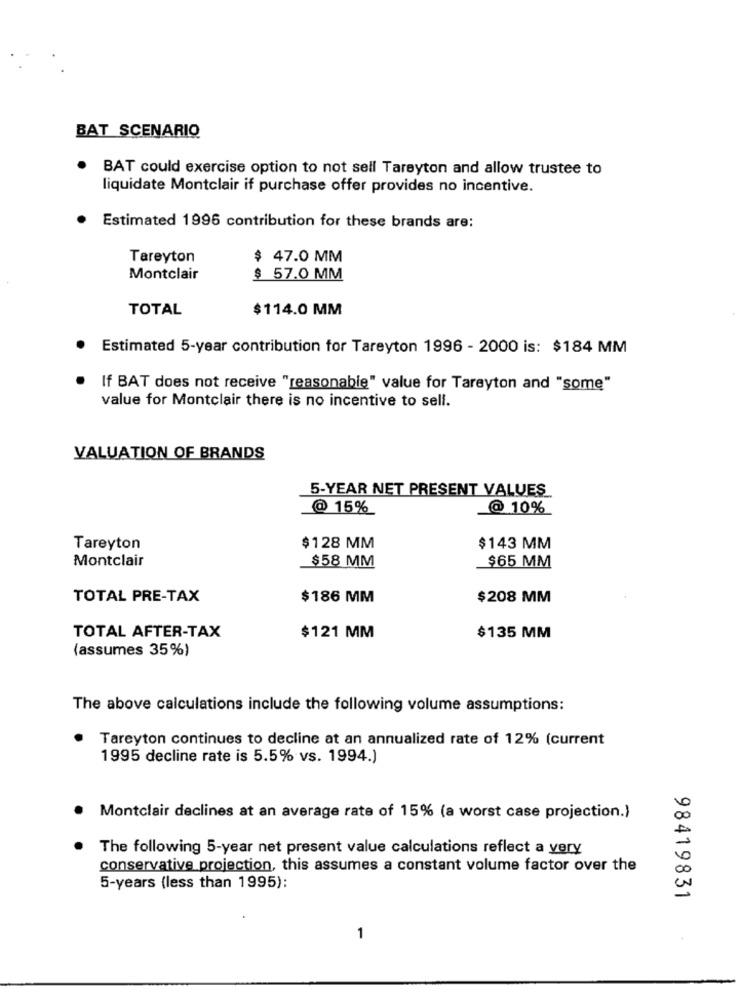
BAT SCENARIO
BAT could exercise option to not sell Tareyton and allow trustee to
liquidate Montclair if purchase offer provides no incentive.
Estimated 1996 contribution for these brands are:
Tareyton
$ 47.0 MM
Montclair
$ 57.0 MM
TOTAL
$114.0 MM
Estimated 5-year contribution for Tareyton 1996 - 2000 is: $184 MM
If BAT does not receive "reasonable" value for Tareyton and "some"
value for Montclair there is no incentive to sell.
VALUATION OF BRANDS
5-YEAR NET PRESENT VALUES
@ 15%
@ 10%
Tareyton
$128 MM
$143 MM
Montclair
$58 MM
$65 MM
TOTAL PRE-TAX
$186 MM
$208 MM
TOTAL AFTER-TAX
$121 MM
$135 MM
(assumes 35%)
The above calculations include the following volume assumptions:
Tareyton continues to decline at an annualized rate of 12% (current
1995 decline rate is 5.5% vs. 1994.)
Montclair declines at an average rate of 15% (a worst case projection.)
The following 5-year net present value calculations reflect a very
conservative projection, this assumes a constant volume factor over the
5-years (less than 1995):
98419831
1